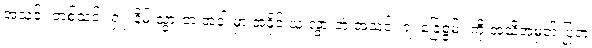
အသင်း တစ်သင်း ရှံုးနိမ့် သွားတဲ့ အခါ မှာ အနိုင် ယူ သွားတဲ့ အသင်း ရဲ့ ခြေစွမ်း ကို အသိအမှတ် ပြုတဲ့